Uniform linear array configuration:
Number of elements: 8
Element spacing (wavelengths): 0.75
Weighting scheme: cosine
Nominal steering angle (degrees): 45
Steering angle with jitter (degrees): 45.017
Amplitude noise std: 0.05
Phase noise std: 0.05

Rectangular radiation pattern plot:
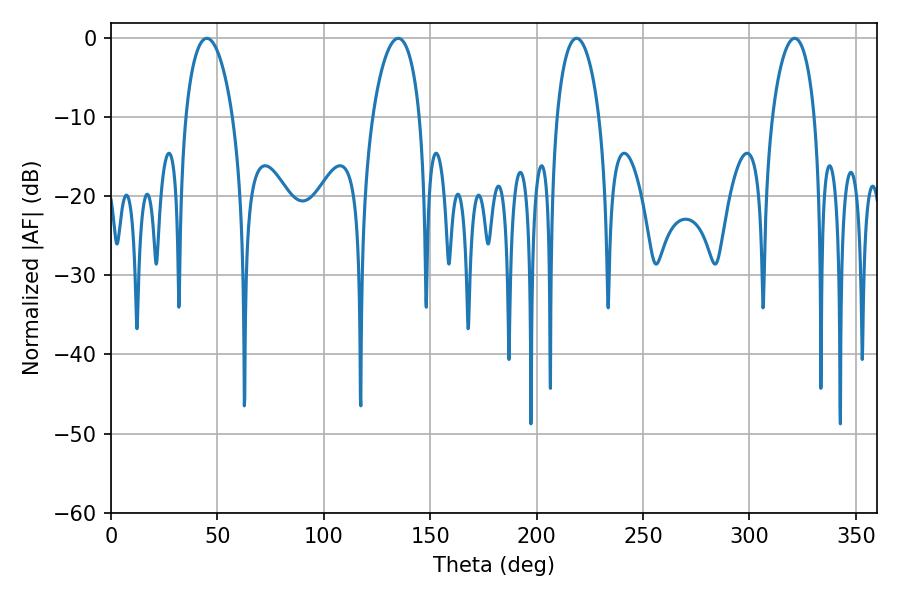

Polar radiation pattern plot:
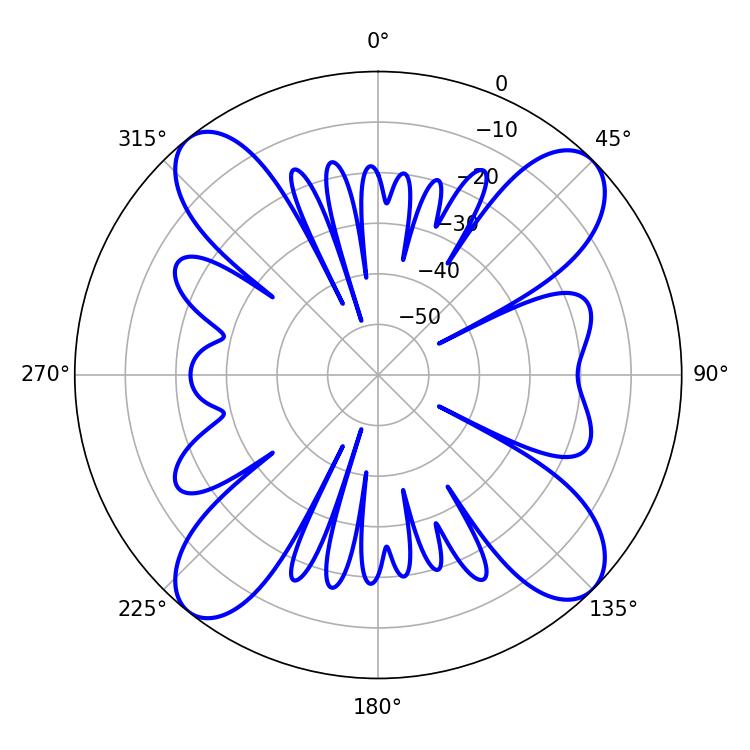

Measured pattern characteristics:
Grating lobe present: TRUE
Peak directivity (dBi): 14.62
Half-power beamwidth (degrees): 12.6
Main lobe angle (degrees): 45